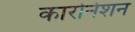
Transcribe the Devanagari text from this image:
कारोनेशन